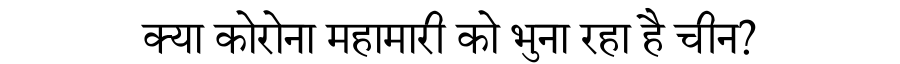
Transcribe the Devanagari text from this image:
क्या कोरोना महामारी को भुना रहा है चीन?